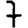
Digit: 7